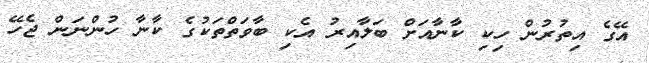
އޭގެ އިތުރުން ހިކި ކާނާއަށް ބަލާއިރު އެކި ބާވަތްތަކުގެ ކާނާ ހުންނަން ޖެހޭ